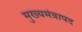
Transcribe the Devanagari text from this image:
मुख्यमंत्रापद